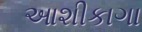
આશીકાગા